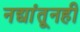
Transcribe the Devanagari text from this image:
नद्यांतूनही